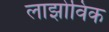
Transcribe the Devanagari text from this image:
लाझोविक